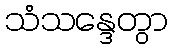
သံသန္ဒေတွာ